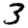
Digit: 3